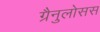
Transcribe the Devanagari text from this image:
ग्रैनुलोसस